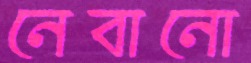
নেবানো